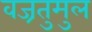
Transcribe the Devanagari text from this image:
वज्रतुमुल